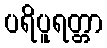
ပရိပူရတ္တာ